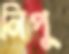
নিপু